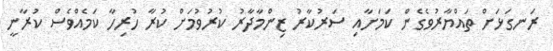
ރަނގަޅަށް ތައްޔާރުވެގެން ކަމަށާއި ސަރުކާރު ޒިންމާދާރު ކުރުވުމަށް ކުރާ ހުރިހާ ކަމެއްވެސް ކުރާނީ